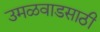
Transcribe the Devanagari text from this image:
उमळवाडसाठी